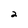
Character: 2